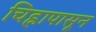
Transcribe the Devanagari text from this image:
चिह्नापासून